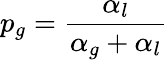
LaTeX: p_{g}=\frac{\alpha_{l}}{\alpha_{g}+\alpha_{l}}